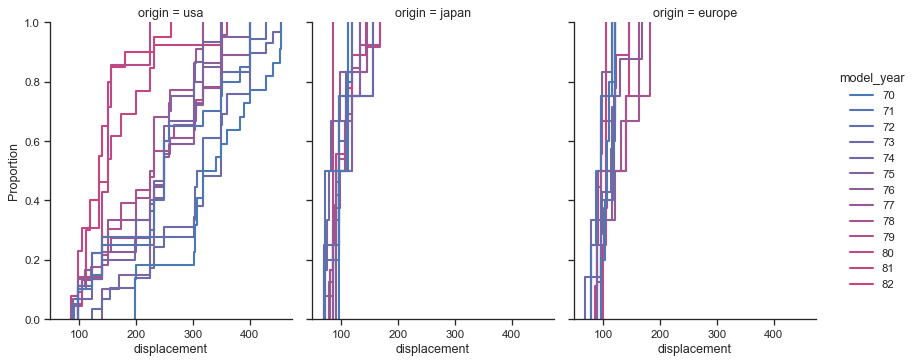
python, seaborn, blend_palette, displot